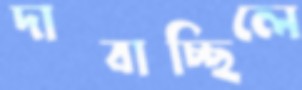
দাবাচ্ছিলে